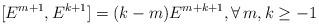
LaTeX: \begin{align*} [E^{m+1}, E^{k+1}]=(k-m)E^{m+k+1}, \forall\, m,k\geq -1\end{align*}